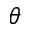
\theta